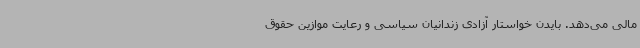
مالی می‌دهد. بایدن خواستار آزادی زندانیان سیاسی و رعایت موازین حقوق